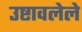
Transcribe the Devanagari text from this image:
उष्टावलेले